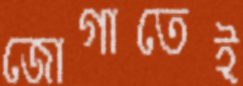
জোগাতেই